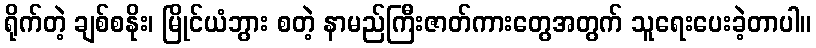
ရိုက်တဲ့ ချစ်စနိုး၊ မြိုင်ယံဘွား စတဲ့ နာမည်ကြီးဇာတ်ကားတွေအတွက် သူရေးပေးခဲ့တာပါ။